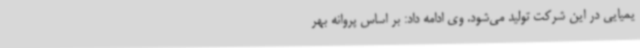
یمیایی در این شرکت تولید می‌شود. وی ادامه داد: بر اساس پروانه بهر